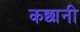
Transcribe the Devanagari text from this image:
कछानी